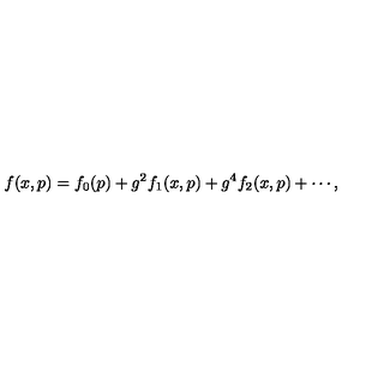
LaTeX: f ( x , p ) = f _ { 0 } ( p ) + g ^ { 2 } f _ { 1 } ( x , p ) + g ^ { 4 } f _ { 2 } ( x , p ) + \cdots ,